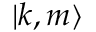
| k , m \rangle